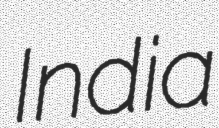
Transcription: India